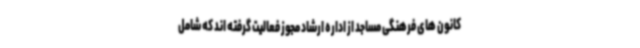
کانون های فرهنگی مساجد از اداره ارشاد مجوز فعالیت گرفته اند که شامل